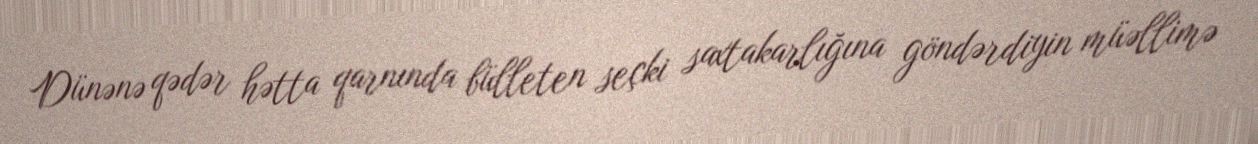
Dünənə qədər hətta qarnında bülleten seçki saxtakarlığına göndərdiyin müəllimə